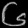
Digit: ၆